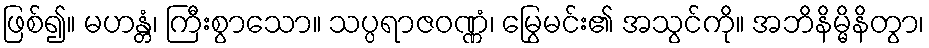
ဖြစ်၍။ မဟန္တံ၊ ကြီးစွာသော။ သပ္ပရာဇဝဏ္ဏံ၊ မြွေမင်း၏ အသွင်ကို။ အဘိနိမ္မိနိတွာ၊